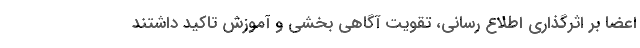
اعضا بر اثرگذاری اطلاع رسانی، تقویت آگاهی بخشی و آموزش تاکید داشتند